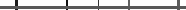
١٦